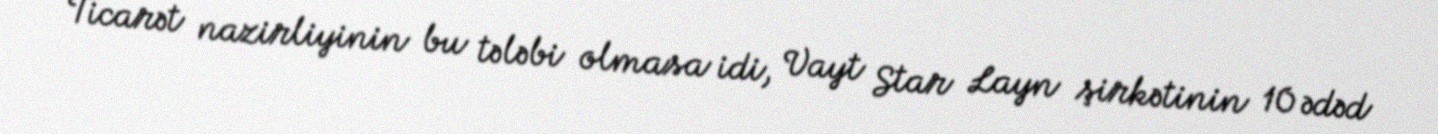
Ticarət nazirliyinin bu tələbi olmasa idi, Vayt Star Layn şirkətinin 10 ədəd